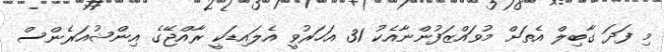
މި ފަދަ ގާބިލް އެތަށް މުވައްޒަފުންނާއެކު 31 އަހަރުވީ އެލައިޑަކީ ރާއްޖޭގެ އިންޝުއަރެންސް